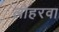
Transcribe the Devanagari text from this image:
लोहरवा